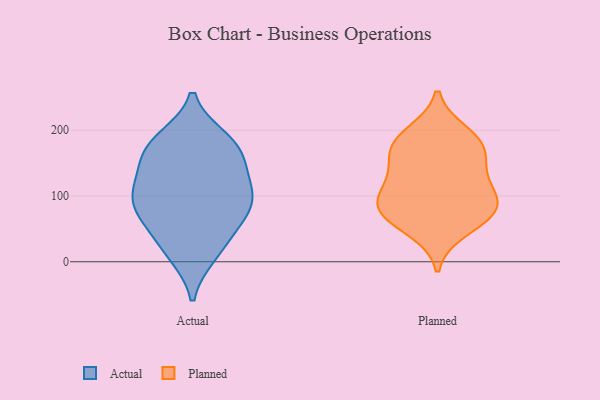
{"axis": {"x": "Customer Acquisition Cost (USD)", "y": "Value"}, "legend": ["Actual", "Planned"], "data": [{"x": "", "y": 99, "type": "Actual"}, {"x": "", "y": 101, "type": "Actual"}, {"x": "", "y": 111, "type": "Actual"}, {"x": "", "y": 79, "type": "Actual"}, {"x": "", "y": 106, "type": "Actual"}, {"x": "", "y": 11, "type": "Actual"}, {"x": "", "y": 15, "type": "Actual"}, {"x": "", "y": 42, "type": "Actual"}, {"x": "", "y": 186, "type": "Actual"}, {"x": "", "y": 154, "type": "Actual"}, {"x": "", "y": 170, "type": "Actual"}, {"x": "", "y": 169, "type": "Actual"}, {"x": "", "y": 187, "type": "Actual"}, {"x": "", "y": 138, "type": "Actual"}, {"x": "", "y": 71, "type": "Actual"}, {"x": "", "y": 67, "type": "Actual"}, {"x": "", "y": 196, "type": "Planned"}, {"x": "", "y": 122, "type": "Planned"}, {"x": "", "y": 120, "type": "Planned"}, {"x": "", "y": 187, "type": "Planned"}, {"x": "", "y": 48, "type": "Planned"}, {"x": "", "y": 169, "type": "Planned"}, {"x": "", "y": 94, "type": "Planned"}, {"x": "", "y": 172, "type": "Planned"}, {"x": "", "y": 68, "type": "Planned"}, {"x": "", "y": 76, "type": "Planned"}, {"x": "", "y": 151, "type": "Planned"}, {"x": "", "y": 84, "type": "Planned"}, {"x": "", "y": 84, "type": "Planned"}]}